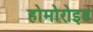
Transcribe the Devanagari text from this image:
होमोरोइड